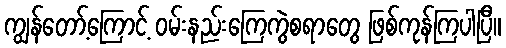
ကျွန်တော့်ကြောင့် ဝမ်းနည်းကြေကွဲစရာတွေ ဖြစ်ကုန်ကြပါပြီ။